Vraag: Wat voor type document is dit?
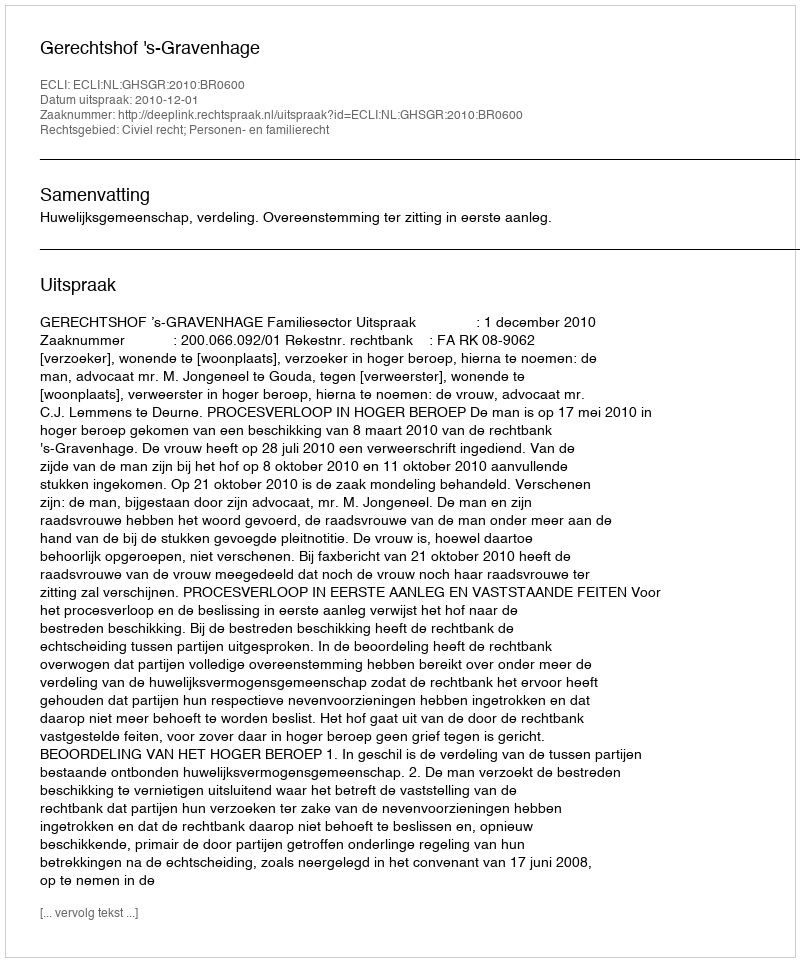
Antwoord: Uitspraak